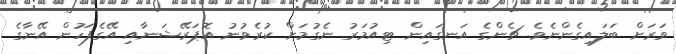
ވަރަށް ބަލައިގެންނެވެ. ޗެންގެ އަނގައިން ޓިއުމަރު ނެގުމަށް ކުރެވުނު އޮޕަރޭޝަނާއި އޭގެފަހުން އޭނާގެ